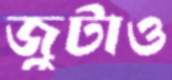
জুটাও